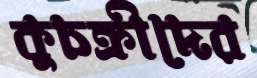
কুচক্রীদের